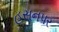
હસનપર